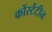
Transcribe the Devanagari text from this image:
कोंस्टेंटीन